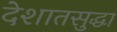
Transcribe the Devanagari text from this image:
देशातसुद्धा